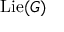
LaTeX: \operatorname { L i e } ( G )